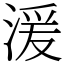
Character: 湲